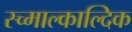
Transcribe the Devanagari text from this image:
स्च्माल्काल्दिक